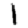
Digit: 1